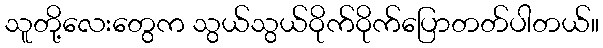
သူတို့လေးတွေက သွယ်သွယ်ဝိုက်ဝိုက်ပြောတတ်ပါတယ်။